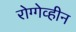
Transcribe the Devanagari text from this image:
रोग्गेव्हीन